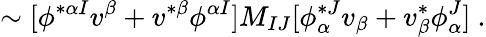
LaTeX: \sim[\phi^{*\alpha I}v^{\beta}+v^{*\beta}\phi^{\alpha I}]M_{IJ}[\phi_{\alpha}^{*J}v_{\beta}+v_{\beta}^{*}\phi_{\alpha}^{J}]\ .